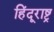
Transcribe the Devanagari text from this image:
हिंदूराष्ट्र